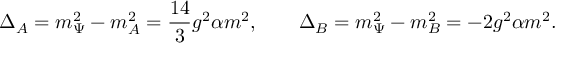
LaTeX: \Delta _ { A } = m _ { \Psi } ^ { 2 } - m _ { A } ^ { 2 } = \frac { 1 4 } { 3 } g ^ { 2 } \alpha m ^ { 2 } , \qquad \Delta _ { B } = m _ { \Psi } ^ { 2 } - m _ { B } ^ { 2 } = - 2 g ^ { 2 } \alpha m ^ { 2 } .